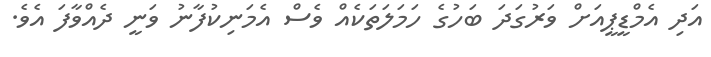
އަދި އެމްޑީޕީއަށް ވަރުގަދަ ބަހުގެ ހަމަލަތަކެއް ވެސް އެމަނިކުފާނު ވަނީ ދެއްވާފަ އެވެ.